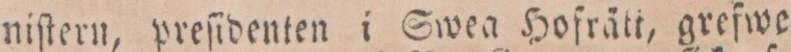
niſtern, preſidenten i Swea Hofrätt, grefwe